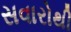
સવારોથી